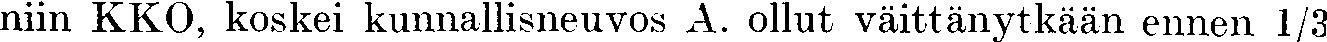
niin KKO, koskei kunnallisneuvos A. ollut väittänytkään ennen 1/3